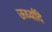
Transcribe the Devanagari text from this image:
ऊर्ध्वादि